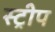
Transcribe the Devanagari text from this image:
स्‍ट्रीप